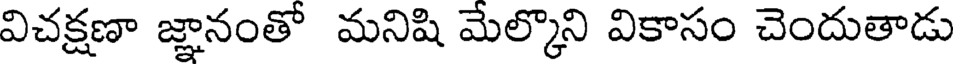
విచక్షణా జ్ఞానంతో మనిషి మేల్కొని వికాసం చెందుతాడు